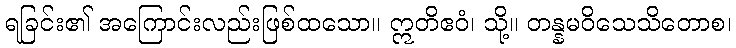
ရခြင်း၏ အကြောင်းလည်းဖြစ်ထသော။ ဣတိဧဝံ၊ သို့။ တန္နမဝိသေသိတောစ၊